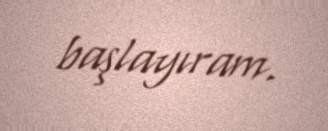
başlayıram.